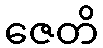
ဇေတိ